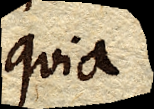
quia